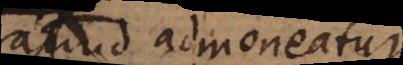
aliud admoneatur.